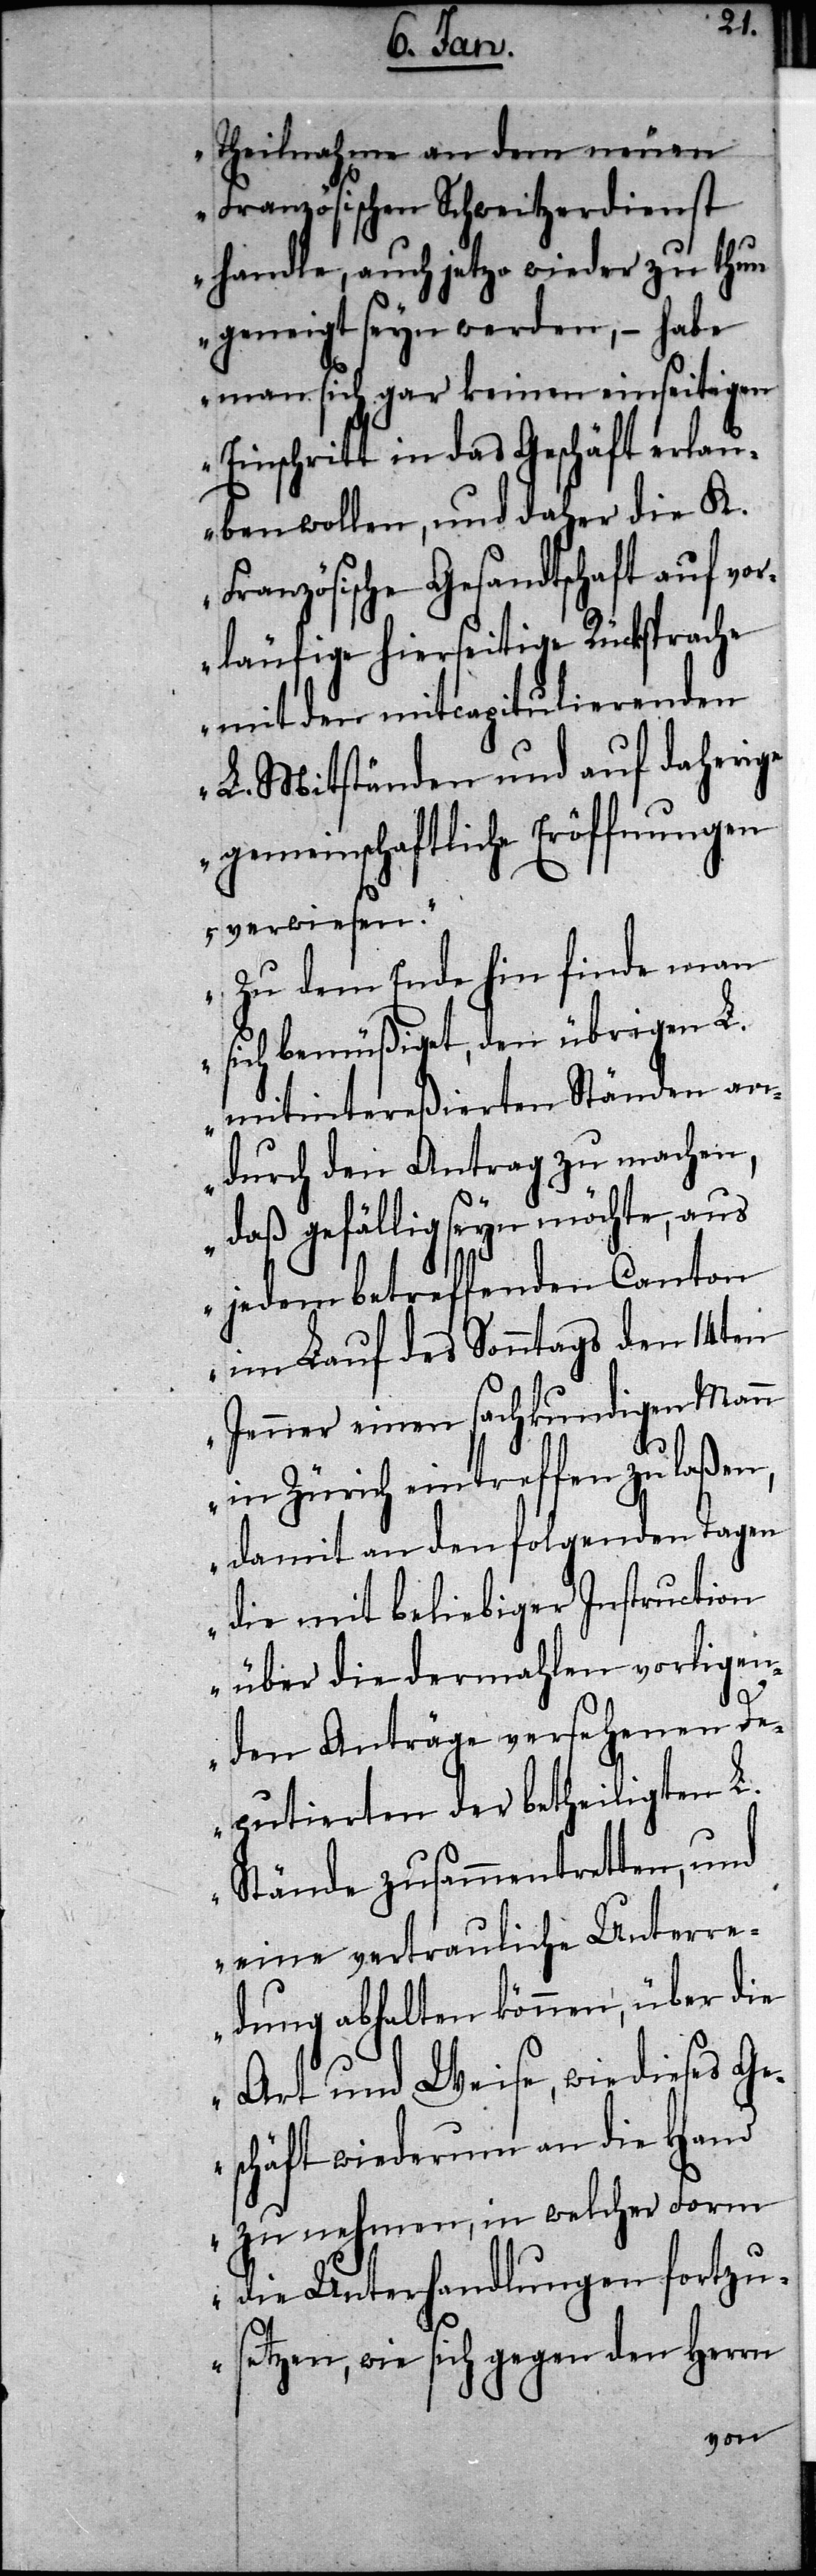
Theilnahme an dem neuen
Französischen Schweitzerdienst
handle, auch jetzo wieder zu thun
geneigt seyn werden, – habe
man sich gar keinen einseitigen
Einschritt in das Geschäft erlau¬
ben wollen, und daher die K.
Französische Gesandtschaft auf vor¬
läufige hierseitige Rücksprache
mit den mitcapitulierenden
L. Mitständen und auf daherige
gemeinschaftliche Eröffnungen
verwiesen.“
„Zu dem Ende hin finde man
sich bemüßiget, den übrigen L.
mitintereßierten Ständen an¬
durch den Antrag zu machen,
daß gefällig seyn möchte, aus
jedem betreffenden Canton
im Lauf des Sonntags den 14ten
Jenner einen sachkundigen Mann
in Zürich eintreffen zu laßen,
damit an den folgenden Tagen
die mit beliebiger Instruction
über die dermahlen vorligen¬
den Anträge versehenen De¬
putierten der betheiligten L.
Stände zusammentretten, und
eine vertrauliche Unterre¬
dung abhalten können, über die
Art und Weise, wie dieses Ge¬
schäft wiederum an die Hand
zu nehmen, in welcher Form
die Unterhandlungen fortzu¬
setzen, wie sich gegen den Herrn